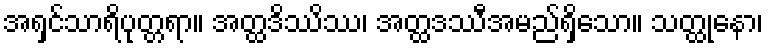
အရှင်သာရိပုတ္တရာ။ အတ္ထဒိဿိဿ၊ အတ္ထဒဿီအမည်ရှိသော။ သတ္ထုနော၊